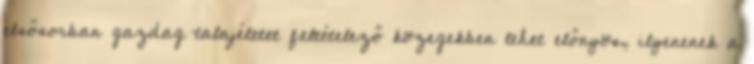
elsősorban gazdag talajéletet feltételező közegekben lehet előnyös, ilyenenek a